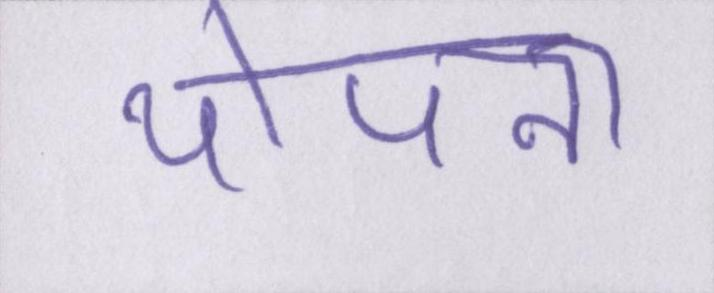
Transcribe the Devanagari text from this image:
थोपना